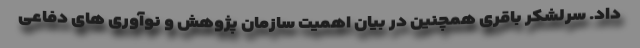
داد. سرلشکر باقری همچنین در بیان اهمیت سازمان پژوهش و نوآوری های دفاعی